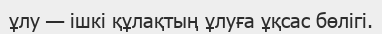
ұлу — ішкі құлақтың ұлуға ұқсас бөлігі.